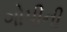
ગોપીની